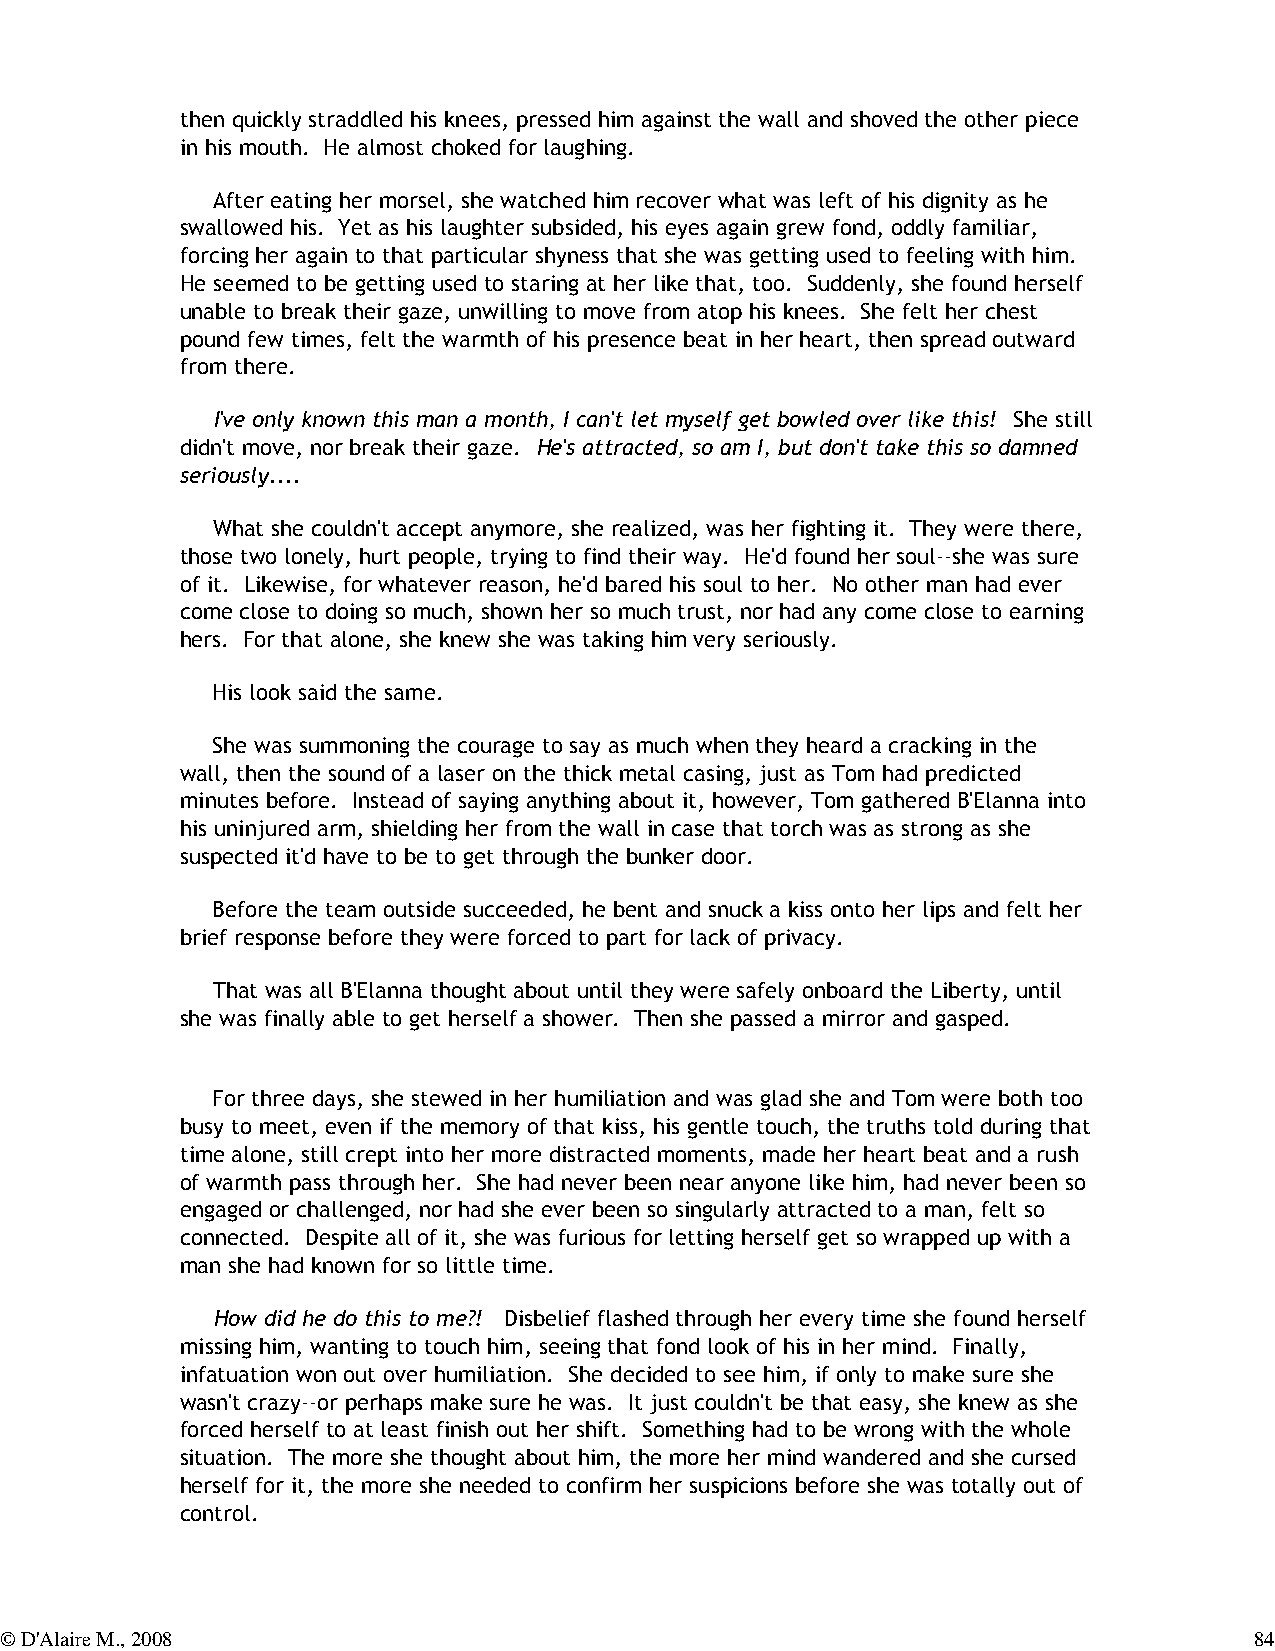
then quickly straddled his knees, pressed him against the wall and shoved the other piece
 in his mouth. He almost choked for laughing.
 After eating her morsel, she watched him recover what was left of his dignity as he
 swallowed his. Yet as his laughter subsided, his eyes again grew fond, oddly familiar,
 forcing her again to that particular shyness that she was getting used to feeling with him.
 He seemed to be getting used to staring at her like that, too. Suddenly, she found herself
 unable to break their gaze, unwilling to move from atop his knees. She felt her chest
 pound few times, felt the warmth of his presence beat in her heart, then spread outward
 from there.
 I've only known this man a month, I can't let myself get bowled over like this! She still
 didn't move, nor break their gaze. He's attracted, so am I, but don't take this so damned
 seriously....
 What she couldn't accept anymore, she realized, was her fighting it. They were there,
 those two lonely, hurt people, trying to find their way. He'd found her soul--she was sure
 of it. Likewise, for whatever reason, he'd bared his soul to her. No other man had ever
 come close to doing so much, shown her so much trust, nor had any come close to earning
 hers. For that alone, she knew she was taking him very seriously.
 His look said the same.
 She was summoning the courage to say as much when they heard a cracking in the
 wall, then the sound of a laser on the thick metal casing, just as Tom had predicted
 minutes before. Instead of saying anything about it, however, Tom gathered B'Elanna into
 his uninjured arm, shielding her from the wall in case that torch was as strong as she
 suspected it'd have to be to get through the bunker door.
 Before the team outside succeeded, he bent and snuck a kiss onto her lips and felt her
 brief response before they were forced to part for lack of privacy.
 That was all B'Elanna thought about until they were safely onboard the Liberty, until
 she was finally able to get herself a shower. Then she passed a mirror and gasped.
 For three days, she stewed in her humiliation and was glad she and Tom were both too
 busy to meet, even if the memory of that kiss, his gentle touch, the truths told during that
 time alone, still crept into her more distracted moments, made her heart beat and a rush
 of warmth pass through her. She had never been near anyone like him, had never been so
 engaged or challenged, nor had she ever been so singularly attracted to a man, felt so
 connected. Despite all of it, she was furious for letting herself get so wrapped up with a
 man she had known for so little time.
 How did he do this to me?! Disbelief flashed through her every time she found herself
 missing him, wanting to touch him, seeing that fond look of his in her mind. Finally,
 infatuation won out over humiliation. She decided to see him, if only to make sure she
 wasn't crazy--or perhaps make sure he was. It just couldn't be that easy, she knew as she
 forced herself to at least finish out her shift. Something had to be wrong with the whole
 situation. The more she thought about him, the more her mind wandered and she cursed
 herself for it, the more she needed to confirm her suspicions before she was totally out of
 control.
 © D'Alaire M., 2008                                                                84